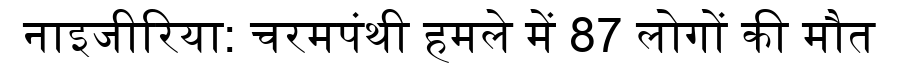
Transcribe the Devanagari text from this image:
नाइजीरिया: चरमपंथी हमले में 87 लोगों की मौत